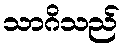
သာဂိသည်